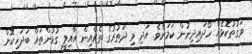
ވަގުތުކޮޅެއް ހޯދައިދިނުން ކަމަށެވެ. އަދި މި ދަތުރުގެ ތެރެއިން އާއިލީ ގުޅުންތައް ބަދަހިކޮށް